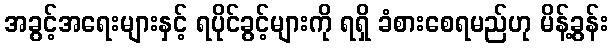
အခွင့်အရေးများနှင့် ရပိုင်ခွင့်များကို ရရှိ ခံစားစေရမည်ဟု မိန့်ခွန်း